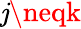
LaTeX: \mathit{j}\neqk